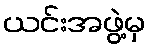
ယင်းအဖွဲ့မှ